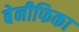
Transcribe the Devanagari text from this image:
बेनीफिका